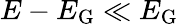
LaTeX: E-E_{\mathrm{G}}\ll E_{\mathrm{G}}